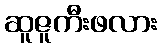
ဆူဇူကီးဖလား